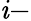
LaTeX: \mathit{i}-